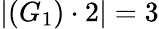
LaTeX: \left|(G_{1})\cdot 2\right|=3